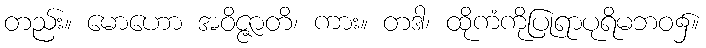
တည်း။ မောဟော အဝိဇ္ဇာတိ၊ ကား။ တဒါ၊ ထိုကံကိုပြုရာပုရိမဘဝ၌။